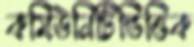
কমিউনিটিভিত্তিক